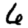
Digit: 6